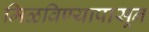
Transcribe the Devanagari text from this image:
मिळविण्यापासून